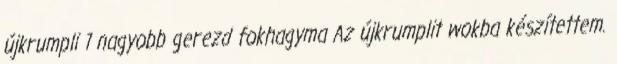
újkrumpli 1 nagyobb gerezd fokhagyma Az újkrumplit wokba készítettem.